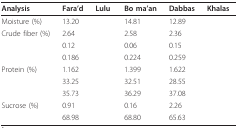
<table><thead><tr><td><b>Analysis</b></td><td><b>Fara'd</b></td><td><b>Lulu</b></td><td><b>Bo ma'an</b></td><td><b>Dabbas</b></td><td><b>Khalas</b></td></tr></thead><tbody><tr><td>Moisture (%)</td><td>13.20</td><td>[EMPTY_CELL]</td><td>14.81</td><td>12.89</td><td>[EMPTY_CELL]</td></tr><tr><td>Crude fiber (%)</td><td>2.64</td><td>[EMPTY_CELL]</td><td>2.58</td><td>2.36</td><td>[EMPTY_CELL]</td></tr><tr><td>[EMPTY_CELL]</td><td>0.12</td><td>[EMPTY_CELL]</td><td>0.06</td><td>0.15</td><td>[EMPTY_CELL]</td></tr><tr><td>[EMPTY_CELL]</td><td>0.186</td><td>[EMPTY_CELL]</td><td>0.224</td><td>0.259</td><td>[EMPTY_CELL]</td></tr><tr><td>Protein (%)</td><td>1.162</td><td>[EMPTY_CELL]</td><td>1.399</td><td>1.622</td><td>[EMPTY_CELL]</td></tr><tr><td>[EMPTY_CELL]</td><td>33.25</td><td>[EMPTY_CELL]</td><td>32.51</td><td>28.55</td><td>[EMPTY_CELL]</td></tr><tr><td>[EMPTY_CELL]</td><td>35.73</td><td>[EMPTY_CELL]</td><td>36.29</td><td>37.08</td><td>[EMPTY_CELL]</td></tr><tr><td>Sucrose (%)</td><td>0.91</td><td>[EMPTY_CELL]</td><td>0.16</td><td>2.26</td><td>[EMPTY_CELL]</td></tr><tr><td>[EMPTY_CELL]</td><td>68.98</td><td>[EMPTY_CELL]</td><td>68.80</td><td>65.63</td><td>[EMPTY_CELL]</td></tr></tbody></table>